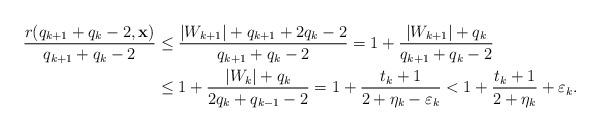
LaTeX: \begin{align*}\frac{r( q_{k+1}+q_k -2, {\mathbf x})}{q_{k+1}+q_k -2} &\le \frac{|W_{k+1}|+q_{k+1}+2q_k-2}{q_{k+1}+q_k-2} = 1+ \frac{|W_{k+1}|+q_k}{q_{k+1}+q_k-2} \\ &\le 1+\frac{|W_k|+q_k}{2q_k+q_{k-1}-2} = 1 + \frac{t_k + 1}{2 + \eta_k - \varepsilon_k} < 1 + \frac{t_k + 1}{2 + \eta_k} + \varepsilon_k.\end{align*}